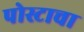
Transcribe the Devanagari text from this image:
पोस्टाचा